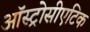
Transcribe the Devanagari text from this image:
ऑस्ट्रोसीएटिक